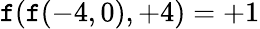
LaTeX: \mathtt{f}(\mathtt{f}(-4,0),+4)=+1